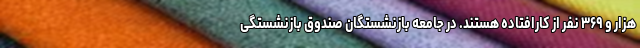
هزار و ۳۶۹ نفر از کارافتاده هستند. در جامعه بازنشستگان صندوق بازنشستگی